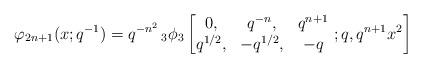
LaTeX: \begin{align*} \varphi_{2n+1}(x;q^{-1})=q^{-n^{2}}\,_{3}\phi_{3}\left[\begin{matrix} 0, & q^{-n}, & q^{n+1} \\ q^{1/2}, & -q^{1/2}, & -q \end{matrix}\ ;q,q^{n+1}x^{2}\right] \end{align*}